system: You are a helpful assistant.
user:
Analyze the provided spectrum to determine if it is a **Carbon Star (C-type)**.

- **Key Visual Indicators of Carbon Star:**
    - **(Primary):** Strong molecular absorption from **C₂ (diatomic carbon) "Swan Bands."** This is the **defining feature** of a carbon star.
        - **(Key Bandheads):** Sharp absorption edges are visible at approximately $5635$ Å, $5165$ Å (the strongest band), and $4737$ Å.
        - **(Line Profile):** Creates a distinct **"saw-tooth"** pattern. The key morphology is a sharp, steep bandhead on the **red (long-wavelength) side**, which then gradually tapers off (i.e., flux recovers) towards the **blue (short-wavelength) side**. *(This is the direct opposite of the TiO bands seen in M-type stars)*.

    - **(Secondary):** Intense **CN (cyanogen)** molecular absorption bands.
        - **(Key Bandheads):** Located in the blue and violet regions of the spectrum (e.g., near $4215$ Å and $3883$ Å).
        - **(Morphology):** These bands are extremely broad and act as a "blanket," absorbing the vast majority of blue and violet light. This creates a characteristic **"cliff"** or **"steep drop-off"** in the spectrum's flux at short wavelengths.

    - **(Key Confirmation):** Strong **CH absorption band (G-band)**.
        - **(Key Bandhead):** Located around $4300$ Å. The contribution from CH molecules to this band is exceptionally strong.

    - **(Overall Spectrum):**
        - The continuum is severely "chopped up" by these deep molecular bands, especially C₂, rather than appearing as a smooth curve.
        - Due to the heavy CN and C₂ absorption in the blue-green, the vast majority of the star's flux is concentrated in the red part of the spectrum, giving the star its characteristic deep red color.

Think first, call **spectral_visualization_tool** if needed to examine features in detail, then provide your final answer. Your response must adhere to the following strict rules:
1.  **Overall Structure:** Your response must follow the format `<think>...</think> <tool_call>...</tool_call> (if a tool is used) <answer>...</answer>`.
2.  **Tool Usage Constraint:** You may only make **one** tool call per turn.
3.  **Final Answer Format:** In the `<answer>` tag, your conclusion must be inside a `\boxed{}` command (e.g., `\boxed{YES}`), followed by your justification.

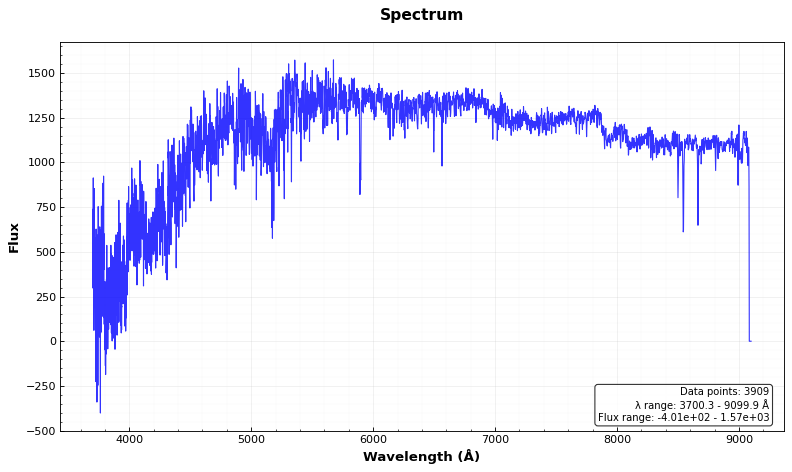
Answer: NO